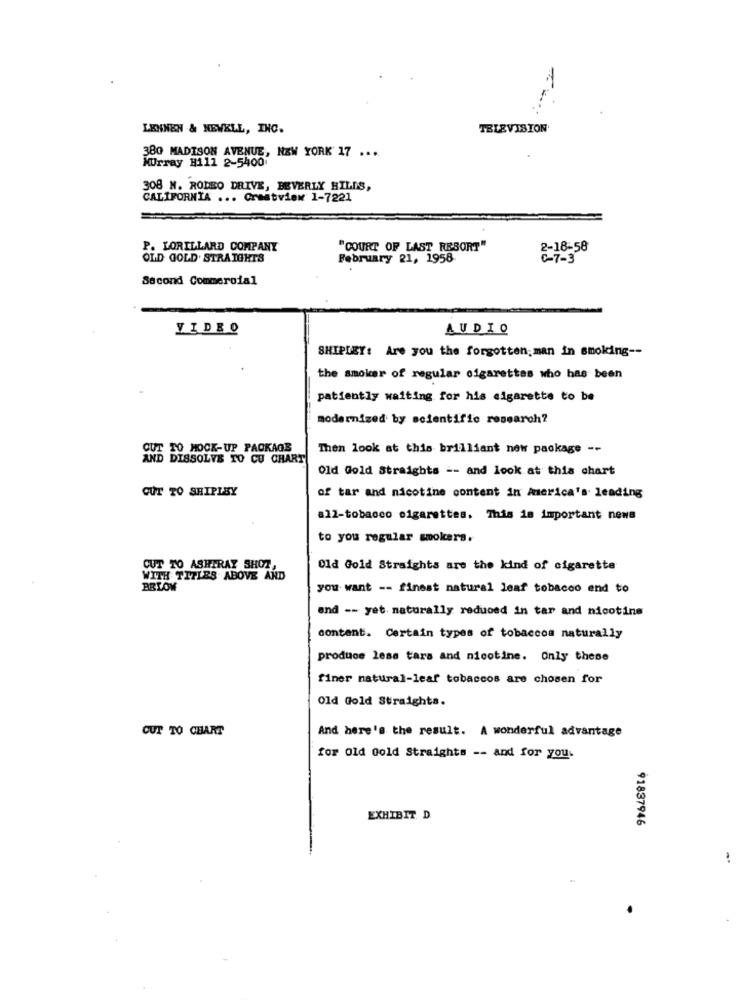
LENNEN & NEWELL, INC.
TELEVISION
380 MADISON AVENUE, NEW YORK 17 ...
Murray H111 2-5400
308 N. RODEO DRIVE, BEVERLY HILLS,
CALIFORNIA ... Crestview 1-7221
P. LORILLARD COMPANY
"COURT OF LAST RESORT"
2-18-58
OLD GOLD. STRAIGHTS
February 21, 1958
C-7-3
Second Commercial
VIDEO
AUDIO
SHIPDEY: Are you the forgotten; man in smoking --
the smoker of regular cigarettes who has been
patiently waiting for his cigarette to be
modernized by scientific research?
TO MOCK-UP PACKAGE
Then look at this brilliant new package --
DISSOLVE TO CU CHART
Old Gold Straights -- and look at this chart
CUT TO SHIPLEY
of tar and nicotine content in America's leading
a12-tobacco cigarettes. This is important news
to you regular smokers.
CUT TO ASHTRAY SHOZ,
Old Gold Straights are the kind of cigarette
WITH TITLES ABOVE AND
BRLOW
you want -- finest natural leaf tobacco end to
and -- yet. naturally reduced in tar and nicotine
content. Certain types of tobaccoa naturally
produce less tars and nicotine. Only these
finer natural-leaf tobaccos are chosen for
Old Gold Straighta.
CUT TO CHART
And here's the result. A wonderful advantage
for Old Gold Straights -- and for you.
EXHIBIT D
91837946
.